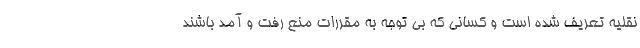
نقلیه تعریف شده است و کسانی که بی توجه به مقررات منع رفت و آمد باشند